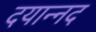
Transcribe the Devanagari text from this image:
दयान्नद